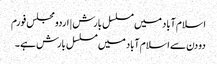
اسلام آباد میں مسلسل بارش | اردو مجلس فورم
دو دن سے اسلام آباد میں مسلسل بارش ہے ۔